Plague in India, 1896, 1897 - Volume 2
Year: 1896
Disease focus: Plague
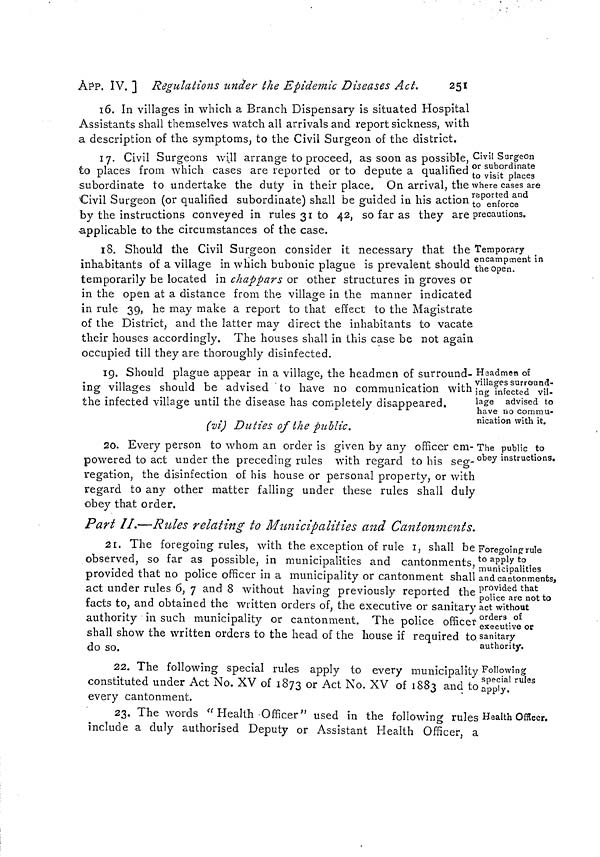
251
ÀPP. ÏV. ] Régulations under the Epidemic Diseases Act.
16. In villages in which a Branch Dispensary is situated Hospital
Assistants shall themselves watch all arrivals and report sickness, with
a description of the symptoms, to the Civil Surgeon of the district.
Civil Surgeon
or subordinate
to visit places
where cases are
reported and
to enforce
precautions.
17. Civil Surgeons will arrange to proceed, as soon as possible,
to places from which cases are reported or to depute a qualified
subordinate to undertake the duty in their place. On arrival, tlie
Civil Surgeon (or qualified subordinate) shall be guided in his action
by the instructions conveyed in rules 31 to 42, sofaras they are
applicable to the circumstances of the case.
Temporary
encampment in
the open.
18. Should the Civil Surgeon consider it necessary that the '
inhabitants of a village in which bubonic plague is prevalent should
temporarily be located in chap par s or other structures in groves or
in the open at a distance from the village in the manner indicated
in rule 39, he may make a report to that effect to the Magistrate
of the District, and the latter may direct the inhabitants to vacate
their houses accordingly. The houses shall in this case be not again
occupied till they are thoroughly disinfected.
Headmen of
villages surround-
ing infected vil-
lage advised to
have no commu-
nication with it.
19. Should plague appear in a village, the headmen of surround-
ing villages should be advised to have no communication with
the infected village until the disease has completely disappeared.
(vi) Dut ies of the pub lic.
The public to
obey instructions.
20. Every person to whom an order is given by any officer em-
powered to act under the preceding rules with regard to his seg-
regation, the disinfection of his house or personal property, or with
regard to any other matter falling under these rules shall duly
obey that order.
Part II.—Rules relating to Municipalities and Cantonments.
Foregoing r ule
to apply to
municipalities
and cantonments,
provided that
police are not to
act without
orders of
executive or
sanitary
authority.
21. The foregoing rules, with the exception of rule I, shall be
observed, so far as possible, in municipalities and cantonments,
provided that no police officer in a municipality or cantonment shall
act under rules 6, 7 and 8 without having previously reported the
facts to, and obtained the written orders of, the executive or sanitary
authority in such municipality or cantonment. The police officer
shall show the written orders to the head of the house if required to
do so.
Following
special rules
apply.
22. The following special rules apply to every municipality
constituted under Act No. XV of 1873 or Act No. XV of 1883 and to
every cantonment.
Health Officer.
23. The words "Health Officer" used in the following rules
include a duly authorised Deputy or Assistant Health Officer, a